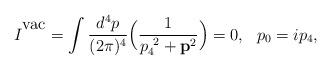
\begin{align*}I^{{}^{\mbox{vac}}} = \int \frac{d^4 p}{(2\pi)^4} \Big ( \frac{1}{p_4^{\ 2} + {\bf p}^2} \Big ) = 0, \ \ p_0 = ip_4,\end{align*}